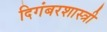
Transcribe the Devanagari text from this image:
दिगंबरशास्त्री